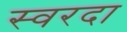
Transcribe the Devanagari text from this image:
स्वरदा